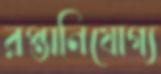
রপ্তানিযোগ্য